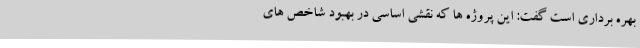
بهره برداری است گفت: این پروژه ها که نقشی اساسی در بهبود شاخص های